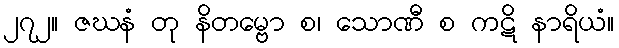
၂၇၂။ ဇဃနံ တု နိတမ္ဗော စ၊ သောဏီ စ ကဋိ နာရိယံ။